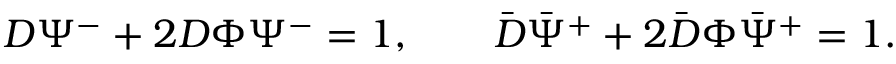
D \Psi ^ { - } + 2 D \Phi \Psi ^ { - } = 1 , \qquad \bar { D } \bar { \Psi } ^ { + } + 2 \bar { D } \Phi \bar { \Psi } ^ { + } = 1 .